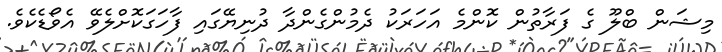
މިޝަން ބްލޫ ގެ ފަރާތުން ކޮންމެ އަހަރަކު ދެމުންގެންދާ ދުނިޔޭގައި ފާހަގަކޮށްލެވޭ އެވޯޑެކެވެ.